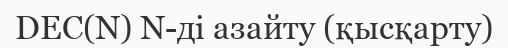
DEC(N) N-ді азайту (қысқарту)